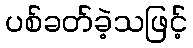
ပစ်ခတ်ခဲ့သဖြင့်